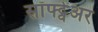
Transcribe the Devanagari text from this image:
सॉफ्ट्वेअर